system: You are a helpful assistant.
user:
Analyze the provided spectrum to determine if it is a **"Cataclysmic Variables (CV)"**.

- **Key Indicators for CV (Check for either state):**
    - **State 1: Quiescent / Low-State (Emission-Dominated)**
        - **(Primary):** Strong and *very broad* Hydrogen Balmer emission lines (e.g., $H\alpha$ at 6563 Å, $H\beta$ at 4861 Å). The 'broadness' (high velocity dispersion, often FWHM > 1000 km/s) is the key diagnostic, indicating a high-velocity accretion disk.
        - **(Secondary):** Broad neutral Helium (He I) emission lines (e.g., 5876 Å, 6678 Å).
        - **(Key Confirmation):** Presence of high-excitation *ionized* Helium (He II) emission at 4686 Å. This is a strong indicator of accretion onto a white dwarf.
        - **(Line Profile):** Emission lines may exhibit a 'double-peaked' profile, which is a classic signature of a rotating accretion disk viewed at high inclination.

    - **State 2: Outburst / High-State (Absorption-Dominated)**
        - **(Primary):** Spectrum is dominated by a bright, blue continuum (looks like a hot star).
        - **(Secondary):** The emission lines from State 1 are weak, absent, or 'filled in', and are replaced by broad, shallow *absorption* lines (primarily Balmer and He I).
        - **(Morphology):** The overall spectrum mimics a hot B/A-type star. The crucial difference is that the absorption lines are significantly broader, shallower, and more 'washed-out' (or 'smeared') than the sharp lines of a normal stellar photosphere, due to high rotational speeds and pressure broadening in the disk.

Think first, call **spectral_visualization_tool** if needed to examine features in detail, then provide your final answer. Your response must adhere to the following strict rules:
1.  **Overall Structure:** Your response must follow the format `<think>...</think> <tool_call>...</tool_call> (if a tool is used) <answer>...</answer>`.
2.  **Tool Usage Constraint:** You may only make **one** tool call per turn.
3.  **Final Answer Format:** In the `<answer>` tag, your conclusion must be inside a `\boxed{}` command (e.g., `\boxed{YES}`), followed by your justification.

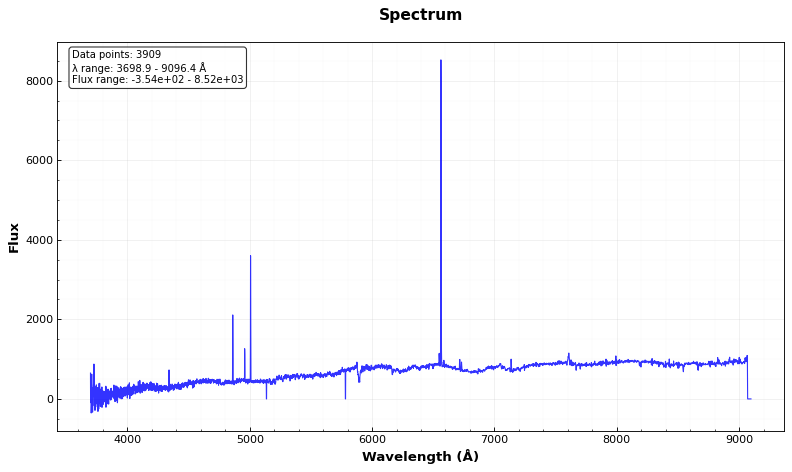
Answer: NO